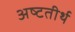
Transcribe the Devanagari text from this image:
अष्‍टतीर्थ